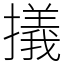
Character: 㩘